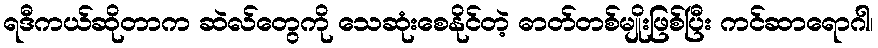
ရဒီကယ်ဆိုတာက ဆဲလ်တွေကို သေဆုံးစေနိုင်တဲ့ ဓာတ်တစ်မျိုးဖြစ်ပြီး ကင်ဆာရောဂါ၊